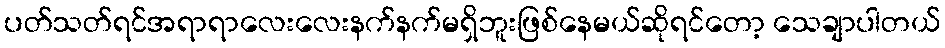
ပတ်သတ်ရင်အရာရာလေးလေးနက်နက်မရှိဘူးဖြစ်နေမယ်ဆိုရင်တော့ သေချာပါတယ်